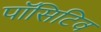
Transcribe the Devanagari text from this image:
पॉसिटिव